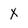
Character: X